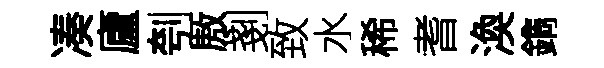
凑廬刳厫剗致水稀耆渙鐫